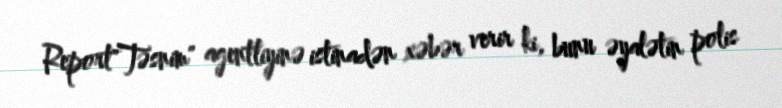
Report"Təsnim" agentliyinə istinadən xəbər verir ki, bunu əyalətin polis